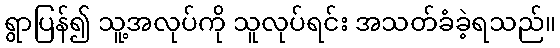
ရွာပြန်၍ သူ့အလုပ်ကို သူလုပ်ရင်း အသတ်ခံခဲ့ရသည်။